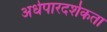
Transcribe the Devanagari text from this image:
अर्धपारदर्शकता